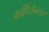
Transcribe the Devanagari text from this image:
कार्पिसैन्लार